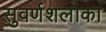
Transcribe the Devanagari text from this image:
सुवर्णशलाका